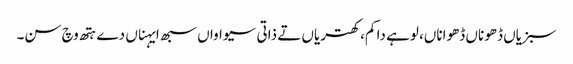
سبزیاں ڈھوناں ڈھواناں، لوہے دا کم، کھتریاں تے ذاتی سیواواں سبھ ایہناں دے ہتھ وچ سن۔